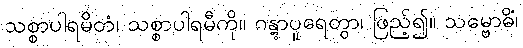
သစ္စာပါရမိတံ၊ သစ္စာပါရမီကို။ ဂန္တွာပူရေတွာ၊ ဖြည့်၍။ သမ္ဗောဓိံ၊